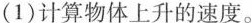
(1)计算物体上升的速度。